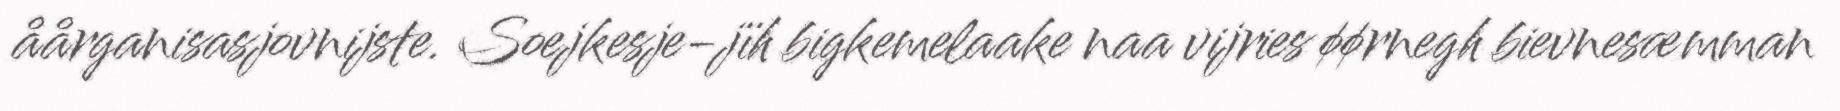
åårganisasjovnijste. Soejkesje-jïh bigkemelaake naa vijries øørnegh bievnesæmman